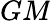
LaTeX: \textit{GM}